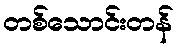
တစ်သောင်းတန်